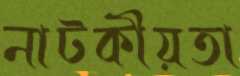
নাটকীয়তা